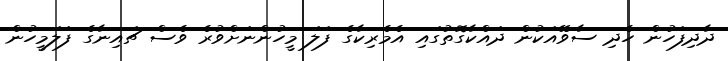
ދާދިފަހުން ހެދި ސާވޭއަކުން ދައްކާގޮތުގައި އެމެރިކާގެ ފަލަ މީހުންނަށްވުރެ ވެސް ޗައިނާގެ ފަލަމީހުން